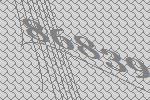
86839